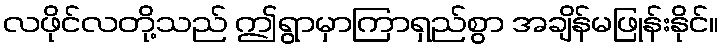
လဖိုင်လတို့သည် ဤရွာမှာကြာရှည်စွာ အချိန်မဖြုန်းနိုင်။